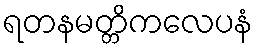
ရတနမတ္တိကလေပနံ